Indian Medical Review
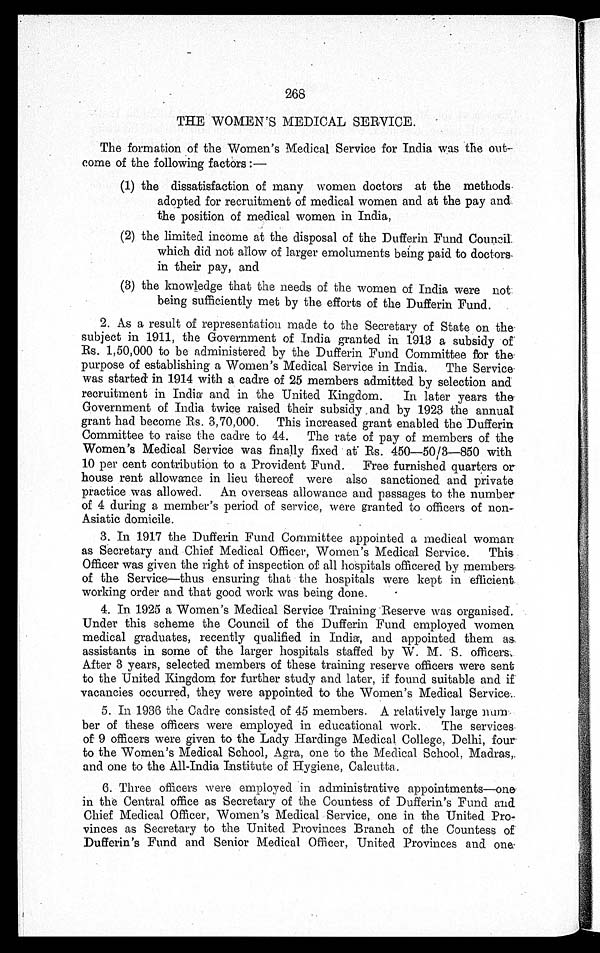
268
THE WOMEN'S MEDICAL SERVICE.
The formation of the Women's Medical Service for India was the out
-
come of the following factors :
—
(1) the dissatisfaction of many women doctors at the methods
adopted for recruitment of medical women and at the pay and
the position of medical women in India,
(2) the limited income at the disposal of the Dufferin Fund Counci
l
which did not allow of larger emoluments being paid to doctors
in their pay, and
(3) the knowledge that the needs of the women of India were not
being sufficiently met by the efforts of the Dufferin Fund.
2. As a result of representation made to the Secretary of State on th
e
subject in 1911, the Government of India granted in 1913 a subsidy of
Rs. 1,50,000 to be administered by the Dufferin Fund Committee for the
purpose of establishing a Women's Medical Service in India. The Service
was started in 1914 with a cadre of 25 members admitted by selection and
recruitment in India and in the United Kingdom. In later years the
Government of India twice raised their subsidy and by 1923 the annual
grant had become Rs. 3,70,000. This increased grant enabled the Dufferin
Committee to raise the cadre to 44. The rate of pay of members of the
Women's Medical Service was finally fixed at Rs. 450—50/3—850 with
10 per cent contribution to a Provident Fund. Free furnished quarters or
house rent allowance in lieu thereof were also sanctioned and private
practice was allowed. An overseas allowance and passages to the number
of 4 during a member's period of service, were granted to officers of non-
Asiatic domicile.
3. In 1917 the Dufferin Fund Committee appointed a medical woman
as Secretary and Chief Medical Officer, Women's Medical Service. This
Officer was given the right of inspection of all hospitals officered by members
of the Service—thus ensuring that the hospitals were kept in efficient
working order and that good work was being done.
4. In 1925 a Women's Medical Service Training Reserve was organised.
Under this scheme the Council of the Dufferin Fund employed women
medical graduates, recently qualified in India, and appointed them as
assistants in some of the larger hospitals staffed by W. M. S. officers.
After 3 years, selected members of these training reserve officers were sent
to the United Kingdom for further study and later, if found suitable and if
vacancies occurred, they were appointed to the Women's Medical Service.
5. In 1936 the Cadre consisted of 45 members. A relatively large num
-
ber of these officers were employed in educational work. The services
of 9 officers were given to the Lady Hardinge Medical College, Delhi, four
to the Women's Medical School, Agra, one to the Medical School, Madras,.
and one to the All-India Institute of Hygiene, Calcutta.
6. Three officers were employed in administrative appointments—one
in the Central office as Secretary of the Countess of Dufferin's Fund and
Chief Medical Officer, Women's Medical Service, one in the United Pro
-
vinces as Secretary to the United Provinces Branch of the Countess of
Dufferin's Fund and Senior Medical Officer, United Provinces and one